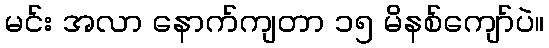
မင်း အလာ နောက်ကျတာ ၁၅ မိနစ်ကျော်ပဲ။